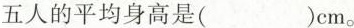
五人的平均身高是( )cm。